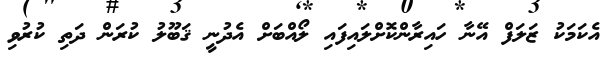
އެކަމަކު ޒަލަފް އޭނާ ހައިރާންކޮށްލައިފައި ލޯއްބަށް އެދުނީ ޤަބޫލު ކުރަން ދަތި ކުރުވި